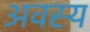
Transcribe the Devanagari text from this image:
अवस्य